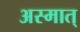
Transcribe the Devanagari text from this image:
अस्मात्‌